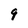
Character: 9